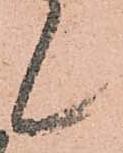
候